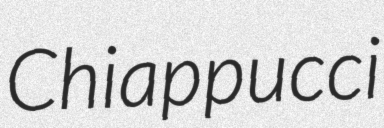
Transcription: Chiappucci